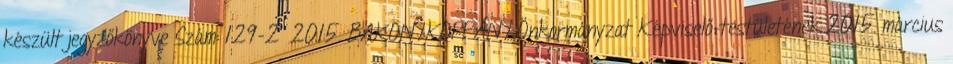
készült jegyzőkönyve Szám: 129-2 2015. BAKONYKOPPÁNY Önkormányzat Képviselő-testületének 2015. március